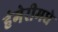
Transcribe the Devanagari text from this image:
हंगेरीमधे